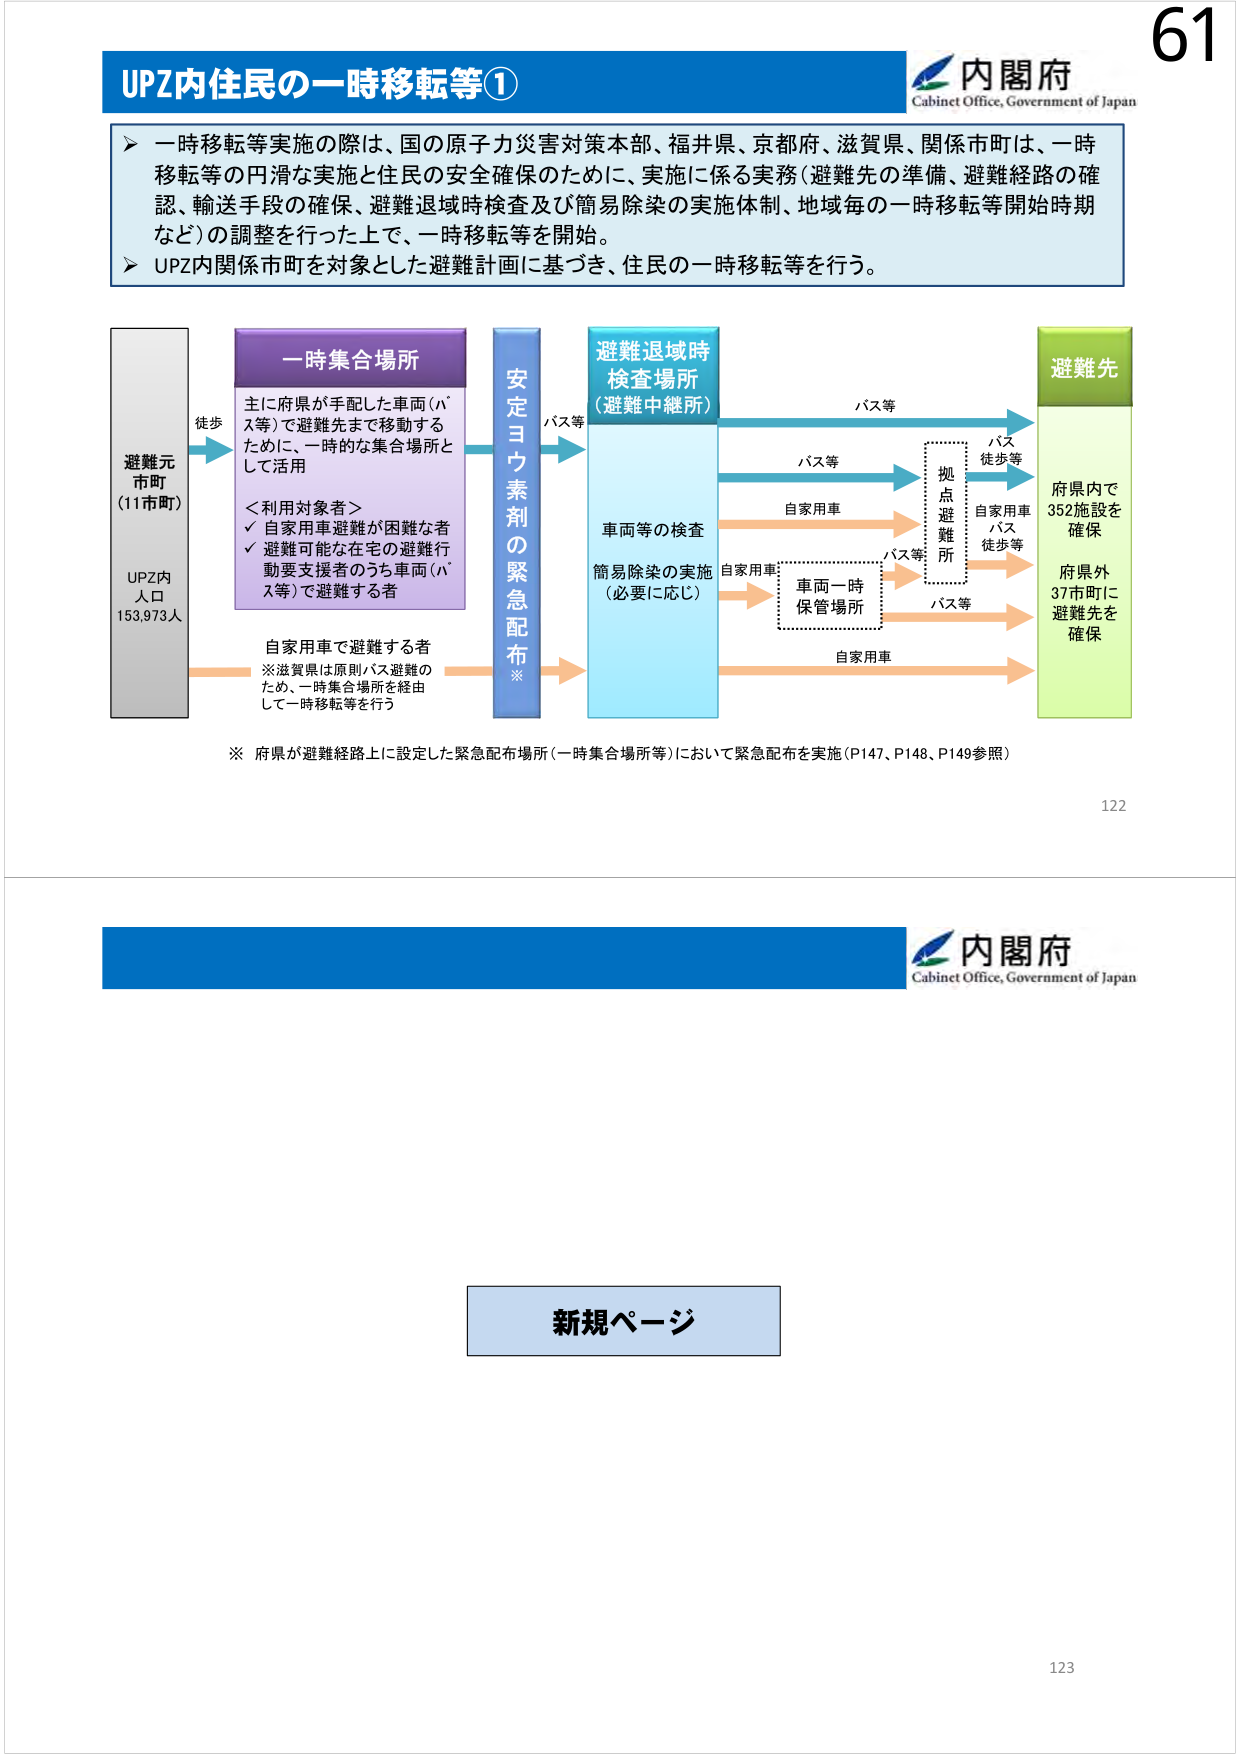
61
内閣府
Cabinet Office, Government of Japan
UPZ内住民の一時移転等①
▶ 一時移転等実施の際は、国の原子力災害対策本部、福井県、京都府、滋賀県、関係市町は、一時
移転等の円滑な実施と住民の安全確保のために、実施に係る実務（避難先の準備、避難経路の確
認、輸送手段の確保、避難退域時検査及び簡易除染の実施体制、地域毎の一時移転等開始時期
など）の調整を行った上で、一時移転等を開始。
▶ UPZ内関係市町を対象とした避難計画に基づき、住民の一時移転等を行う。
避難元
市町
（11市町）
UPZ内
人口
153,973人
一時集合場所
主に府県が手配した車両（バ
ス等）で避難先まで移動する
ために、一時的な集合場所と
して活用
＜利用対象者＞
✓ 自家用車避難が困難な者
✓ 避難可能な在宅の避難行
動要支援者のうち車両（バ
ス等）で避難する者
自家用車で避難する者
※滋賀県は原則バス避難の
ため、一時集合場所を経由
して一時移転等を行う
安定ヨウ素剤の緊急配布
※
避難退域時
検査場所
（避難中継所）
車両等の検査
簡易除染の実施
（必要に応じ）
バス等
バス等
自家用車
バス等
自家用車
バス等
バス等
自家用車
バス等
自家用車
バス
徒歩等
自家用車
バス
徒歩等
観点
避難
所
車両一時
保管場所
避難先
府県内で
352施設を
確保
府県外
37市町に
避難先を
確保
※ 府県が避難経路上に設定した緊急配布場所（一時集合場所等）において緊急配布を実施（P147、P148、P149参照）
122
内閣府
Cabinet Office, Government of Japan
新規ページ
123